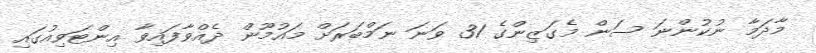
މާދަމާ ނުކުންނަ ސަން މެގަޒިންގެ 31 ވަނަ ނަމްބަރަށް މައުމޫން ދެއްވާފައިވާ އިންޓަވިއުގައި